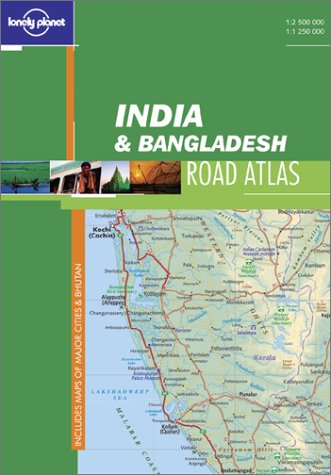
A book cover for Lonely Planet India & Bangladesh Road Atlas (Lonely Planet Road Atlas); Lonely Planet Publications; Travel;